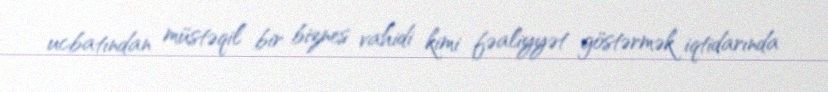
ucbatından müstəqil bir biznes vahidi kimi fəaliyyət göstərmək iqtidarında